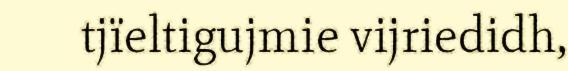
tjïeltigujmie vijriedidh,